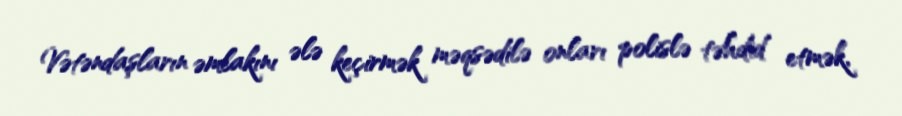
Vətəndaşların əmlakını ələ keçirmək məqsədilə onları polislə təhdid etmək,